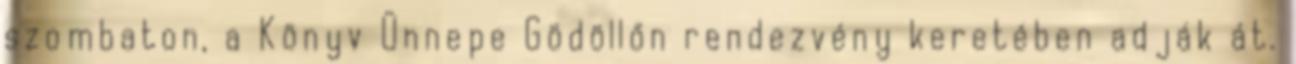
szombaton, a Könyv Ünnepe Gödöllőn rendezvény keretében adják át.